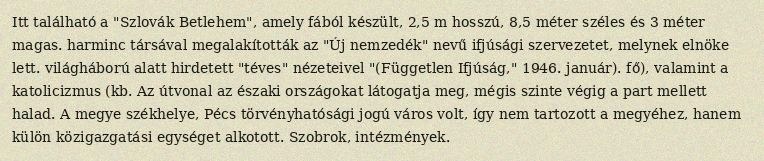
Itt található a "Szlovák Betlehem", amely fából készült, 2,5 m hosszú, 8,5 méter széles és 3 méter magas. harminc társával megalakították az "Új nemzedék" nevű ifjúsági szervezetet, melynek elnöke lett. világháború alatt hirdetett "téves" nézeteivel "(Független Ifjúság," 1946. január). fő), valamint a katolicizmus (kb. Az útvonal az északi országokat látogatja meg, mégis szinte végig a part mellett halad. A megye székhelye, Pécs törvényhatósági jogú város volt, így nem tartozott a megyéhez, hanem külön közigazgatási egységet alkotott. Szobrok, intézmények.